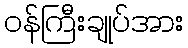
ဝန်ကြီးချုပ်အား